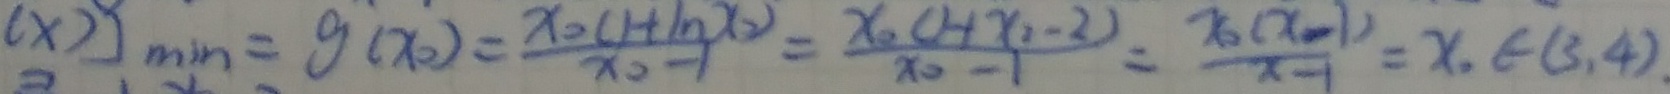
( x ) g _ { m i n } = g ( x o ) = \frac { x o - ( 1 + \ln x ) } { x _ { 0 } - 1 } = \frac { x _ { 0 } ( H x _ { 2 } - 2 ) } { x _ { 0 } - 1 } = \frac { x _ { 0 } ( x _ { - 1 } ) } { x - 1 } = x . \epsilon ( 3 , 4 ) .